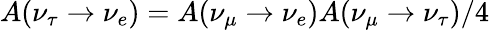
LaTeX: A(\nu_{\tau}\rightarrow\nu_{e})=A(\nu_{\mu}\rightarrow\nu_{e})A(\nu_{\mu}\rightarrow\nu_{\tau})/4